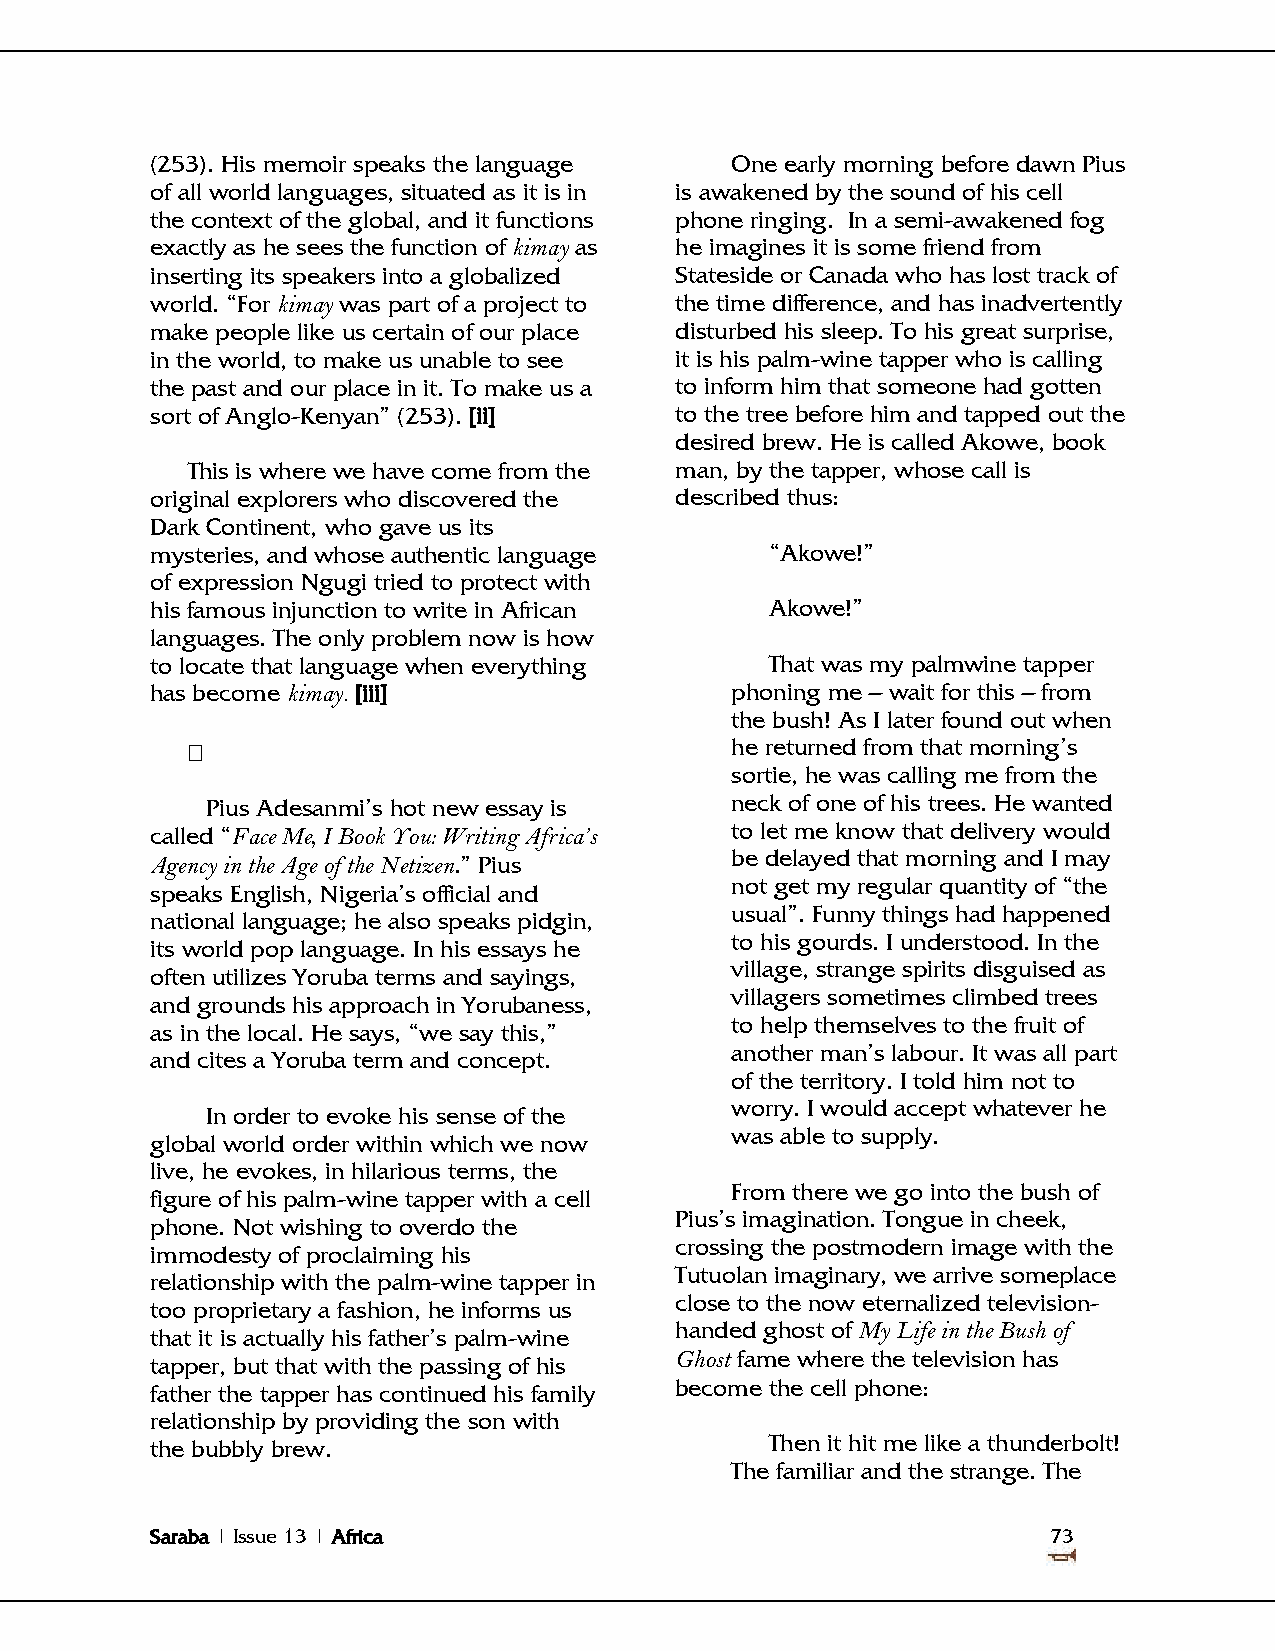
(253). His memoir speaks the language One early morning before dawn Pius
 of all world languages, situated as it is in is awakened by the sound of his cell
 the context of the global, and it functions phone ringing. In a semi-awakened fog
 exactly as he sees the function of kimay as he imagines it is some friend from
 inserting its speakers into a globalized Stateside or Canada who has lost track of
 world. ―For kimay was part of a project to the time difference, and has inadvertently
 make people like us certain of our place disturbed his sleep. To his great surprise,
 in the world, to make us unable to see it is his palm-wine tapper who is calling
 the past and our place in it. To make us a to inform him that someone had gotten
 sort of Anglo-Kenyan‖ (253). [ii]  to the tree before him and tapped out the
 desired brew. He is called Akowe, book
 This is where we have come from the man, by the tapper, whose call is
 original explorers who discovered the described thus:
 Dark Continent, who gave us its
 mysteries, and whose authentic language  ―Akowe!‖
 of expression Ngugi tried to protect with
 his famous injunction to write in African Akowe!‖
 languages. The only problem now is how
 to locate that language when everything  That was my palmwine tapper
 has become kimay. [iii]               phoning me – wait for this – from
 the bush! As I later found out when
                                    he returned from that morning‘s
 sortie, he was calling me from the
 Pius Adesanmi‘s hot new essay is  neck of one of his trees. He wanted
 called ―Face Me, I Book You: Writing Africa’s to let me know that delivery would
 Agency in the Age of the Netizen.‖ Pius be delayed that morning and I may
 not get my regular quantity of ―the
 speaks English, Nigeria‘s official and
 usual‖. Funny things had happened
 national language; he also speaks pidgin,
 to his gourds. I understood. In the
 its world pop language. In his essays he
 village, strange spirits disguised as
 often utilizes Yoruba terms and sayings,
 villagers sometimes climbed trees
 and grounds his approach in Yorubaness,
 to help themselves to the fruit of
 as in the local. He says, ―we say this,‖
 another man‘s labour. It was all part
 and cites a Yoruba term and concept.
 of the territory. I told him not to
 worry. I would accept whatever he
 In order to evoke his sense of the
 was able to supply.
 global world order within which we now
 live, he evokes, in hilarious terms, the
 From there we go into the bush of
 figure of his palm-wine tapper with a cell
 Pius‘s imagination. Tongue in cheek,
 phone. Not wishing to overdo the
 crossing the postmodern image with the
 immodesty of proclaiming his
 Tutuolan imaginary, we arrive someplace
 relationship with the palm-wine tapper in
 close to the now eternalized television-
 too proprietary a fashion, he informs us
 handed ghost of My Life in the Bush of
 that it is actually his father‘s palm-wine
 tapper, but that with the passing of his Ghost fame where the television has
 father the tapper has continued his family become the cell phone:
 relationship by providing the son with
 the bubbly brew.                         Then it hit me like a thunderbolt!
 The familiar and the strange. The
 Saraba | Issue 13 | Africa                                  73